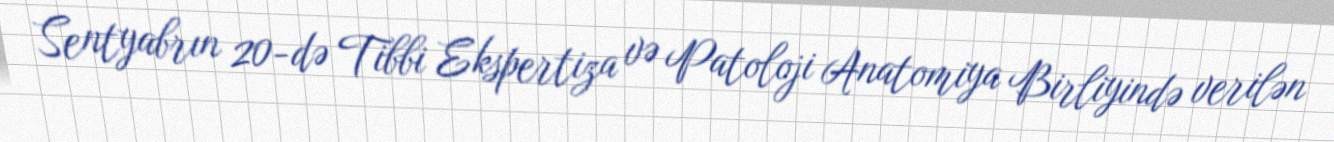
Sentyabrın 20-də Tibbi Ekspertiza və Patoloji Anatomiya Birliyində verilən